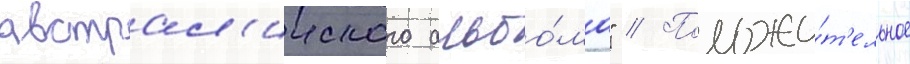
австрал'ииского альбо́ма" // Положи́т'ельное